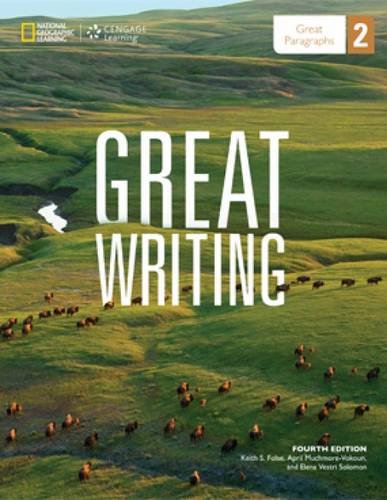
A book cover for Great Writing 2: Great Paragraphs; Keith S. Folse; Reference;